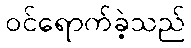
ဝင်ရောက်ခဲ့သည်